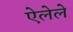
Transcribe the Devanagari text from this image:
ऐलेले